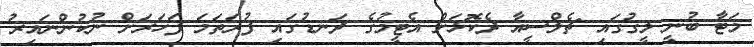
މަޓާ ބުނީ ލީގުގައި ޗެލްސީއާ ދެކޮޅަށް އެޓީމުގެ ދަނޑުގައި ފުރަަތަމަ ފަހަރަށް ނުކުންނައިރު